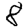
Digit: 8